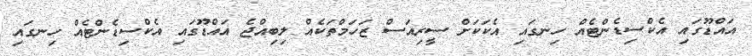
އައްޑޫގައި އެކްސިޑެންޓެއް ހިނގައި އެކަކަށް ސީރިއަސް ޒަހަމްތަކެއް ލިބިއްޖެ އައްޑޫގައި އެކްސިޑެންޓެއް ހިނގައި